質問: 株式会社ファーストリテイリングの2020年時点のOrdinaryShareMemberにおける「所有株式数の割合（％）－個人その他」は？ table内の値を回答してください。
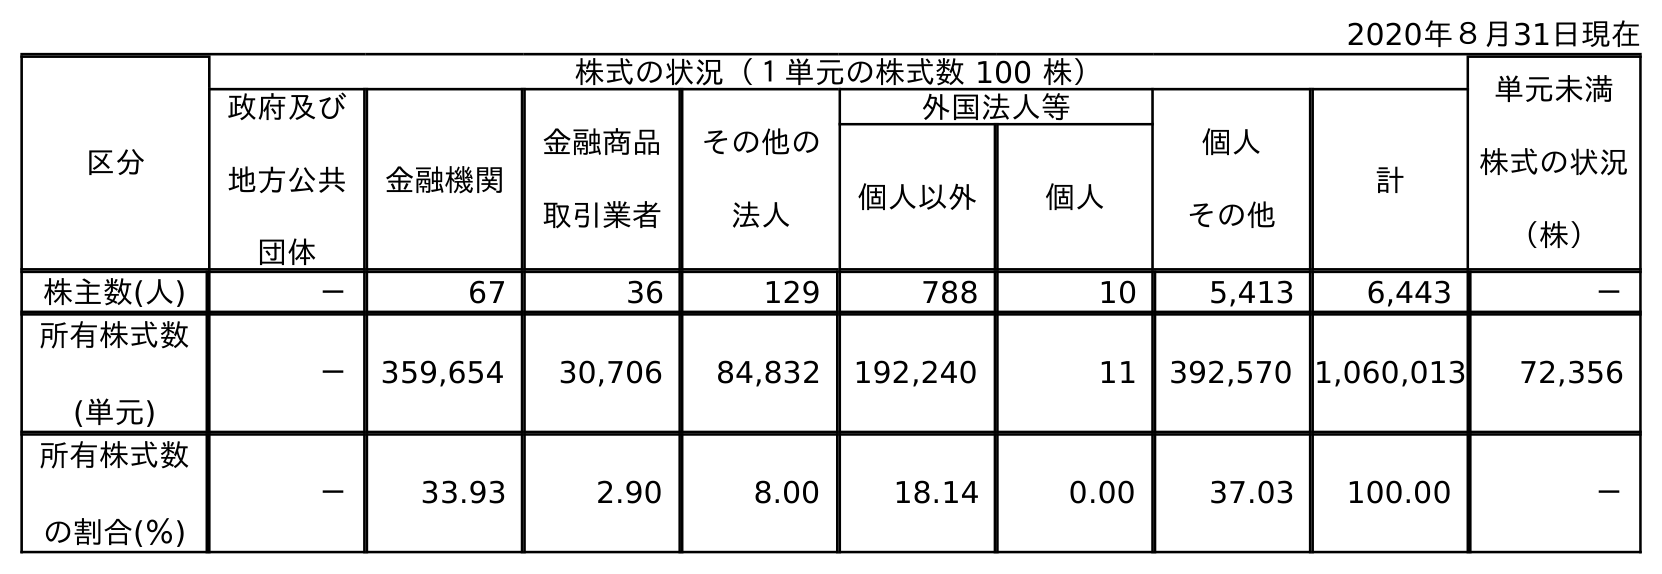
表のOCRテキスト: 2020年８月31日現在 区分 株式の状況（１単元の株式数 100 株） 単元未満 株式の状況 （株） 政府及び 地方公共 団体 金融機関 金融商品 取引業者 その他の 法人 外国法人等 個人 その他 計 個人以外 個人 株主数(人) － 67 36 129 788 10 5,413 6,443 － 所有株式数 (単元) － 359,654 30,706 84,832 192,240 11 392,570 1,060,013 72,356 所有株式数 の割合(％) － 33.93 2.90 8.00 18.14 0.00 37.03 100.00 －
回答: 37.03